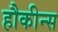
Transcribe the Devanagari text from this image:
हौकीन्स